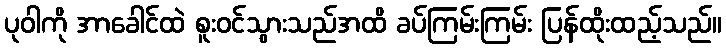
ပုဝါကို အာခေါင်ထဲ စူးဝင်သွားသည်အထိ ခပ်ကြမ်းကြမ်း ပြန်ထိုးထည့်သည်။